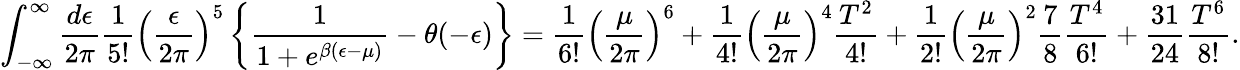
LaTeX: \int_{-\infty}^{\infty}{\frac{d\epsilon}{2\pi}}{\frac{1}{5!}}\left({\frac{\epsilon}{2\pi}}\right)^{5}\left\{ {\frac{1}{1+e^{\beta(\epsilon-\mu)}}}-\theta(-\epsilon)\right\} ={\frac{1}{6!}}\left({\frac{\mu}{2\pi}}\right)^{6}+{\frac{1}{4!}}\left({\frac{\mu}{2\pi}}\right)^{4}{\frac{T^{2}}{4!}}+{\frac{1}{2!}}\left({\frac{\mu}{2\pi}}\right)^{2}{\frac{7}{8}}{\frac{T^{4}}{6!}}+{\frac{31}{24}}{\frac{T^{6}}{8!}}.